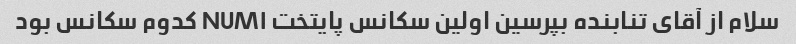
سلام از آقای تنابنده بپرسین اولین سکانس پایتخت NUM۱ کدوم سکانس بود